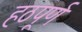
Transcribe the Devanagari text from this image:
हठपूर्ण